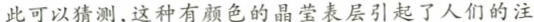
此可以猜测，这种有颜色的晶莹表层引起了人们的注